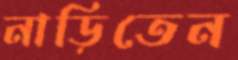
নাড়িতেন